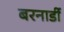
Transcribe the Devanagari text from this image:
बरनार्डी